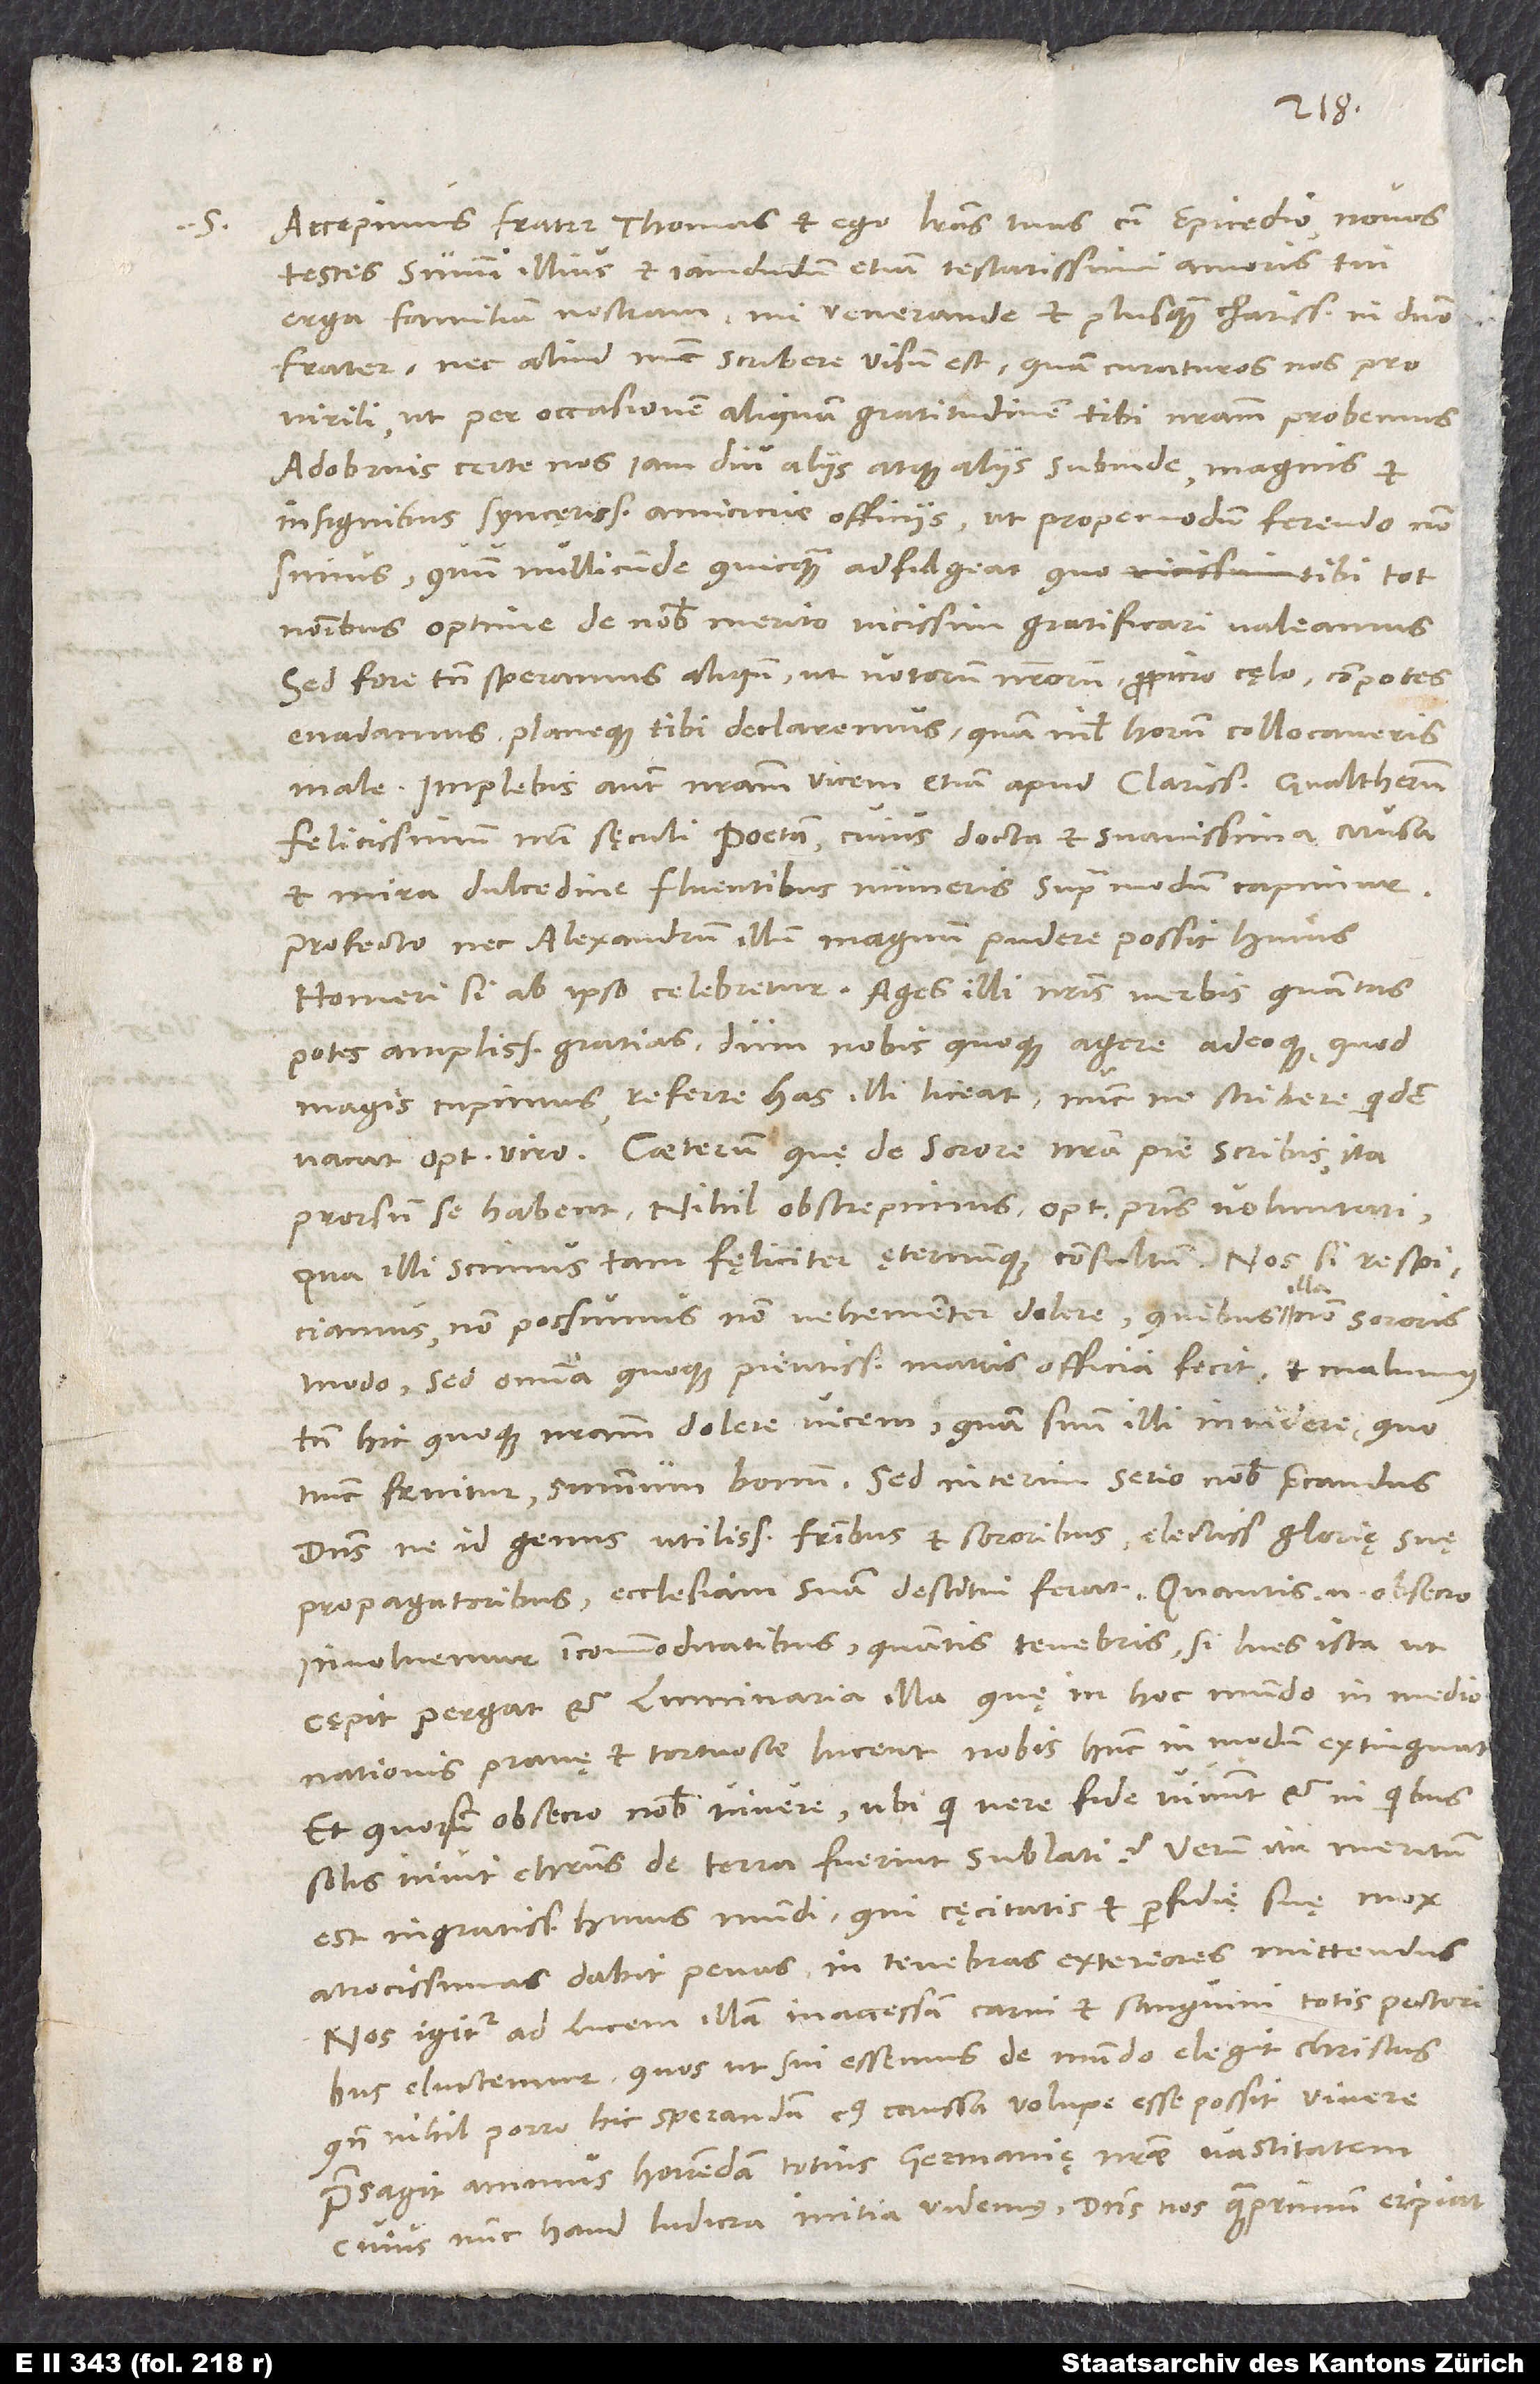
S. Accepimus frater Thomas et ego literas tuas cum epicedio, novos
testes summi illius et iamdudum etiam testatissimi amoris tui
erga familiam nostram, mi venerande et plusquam charissime in domino
frater, nec aliud nunc scribere visum est quam curaturos nos pro
virili, ut per occasionem aliquam gratitudinem tibi nostram probemus.
Adobruis certe nos iam diu aliis atque aliis subinde magnis et
insignibus syncerissimae amicicie officiis, ut propemodum ferendo non
simus, quum nullicunde quicquam adfulgeat, quo tibi tot
nominibus optime de nobis merito vicissim gratificari valeamus.
Sed fore tamen speramus aliquando, ut votorum nostrorum propicio cęlo compotes
evadamus planeque tibi declaremus, quam nihil horum collocaveris
Implebis autem nostram vicem etiam apud clarissimum Gvaltherum,
felicissimum nostri sęculi poetam, cuius docta et suavissima musa
et mira dulcedine fluentibus numeris supra modum capimur.
Profecto nec Alexandrum illum Magnum pudere possit huius
Homeri, si ab ipso celebretur. Ages illi nostris verbis, quantas
potes, amplissimas gratias, dum nobis quoque agere adeoque, quod
magis cupimus, referre has illi liceat; nunc ne scribere quidem
Caeterum quę de sorore nostra pie scribis, ita
prorsum se habent. Nihil obstrepimus optimi patris voluntati,
qua illi scimus tam fęliciter ęternumque consultum. Nos si respiciamus,
non possumus non vehementer dolere, quibus illa non sororis
modo, sed omnia quoque pientissimae matris officia fecit, et malumus
tamen hic quoque nostram dolere vicem quam suum illi invidere, quo
nunc fruitur, summum bonum. Sed interim serio nobis precandus
dominus, ne id genus utilissimis fratribus et sororibus, electissimis glorię suę
propagatoribus, ecclesiam suam destitui ferat. Quantis enim, obsecro,
involvemur incommoditatibus, quantis tenebris, si lues ista, ut
cępit, pergat et luminaria illa, quę in hunc mundo in medio
nationis pravę et tortuose lucent, nobis hunc in modum extinguat,
et quorsum, obsecro, nobis vivere, ubi, qui vere fide vivunt et in quibus
solis vivit Christus, de terra fuerint sublati? Verum ita meritum
est ingratissimi huius mundi, qui cęcitatis et perfidię suę mox
atrocissimas dabit penas in tenebras exteriores mittendus.
Nos igitur ad lucem illam inaccessam carni et sanguini totis pectoribus
eluctemur, quos, ut sui essemus, de mundo elegit Christus,
quando nihil porro hic sperandum, cuius caussa volupe esse possit vivere.
Praesagit animus horrendam totius Germanię nostrae vastitatem,
cuius nunc haud ludicra initia videmus. Dominus nos quam primum eripiat!